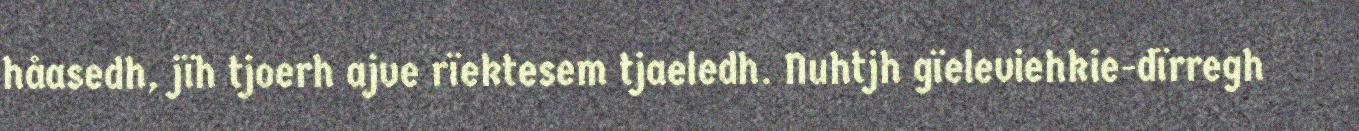
håasedh, jïh tjoerh ajve rïektesem tjaeledh. Nuhtjh gïeleviehkie-dïrregh